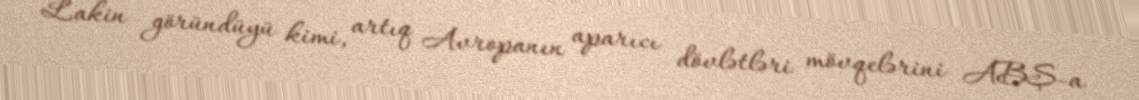
Lakin göründüyü kimi, artıq Avropanın aparıcı dövlətləri mövqelərini ABŞ-a